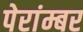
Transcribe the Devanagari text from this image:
पेरांम्बर